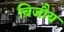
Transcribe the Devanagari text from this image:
बिजौय